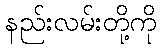
နည်းလမ်းတို့ကို